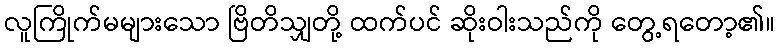
လူကြိုက်မများသော ဗြိတိသျှတို့ ထက်ပင် ဆိုးဝါးသည်ကို တွေ့ရတော့၏။